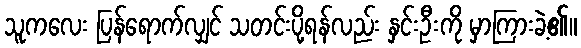
သူကလေး ပြန်ရောက်လျှင် သတင်းပို့ရန်လည်း နှင်းဦးကို မှာကြားခဲ့၏။